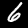
Label: 6